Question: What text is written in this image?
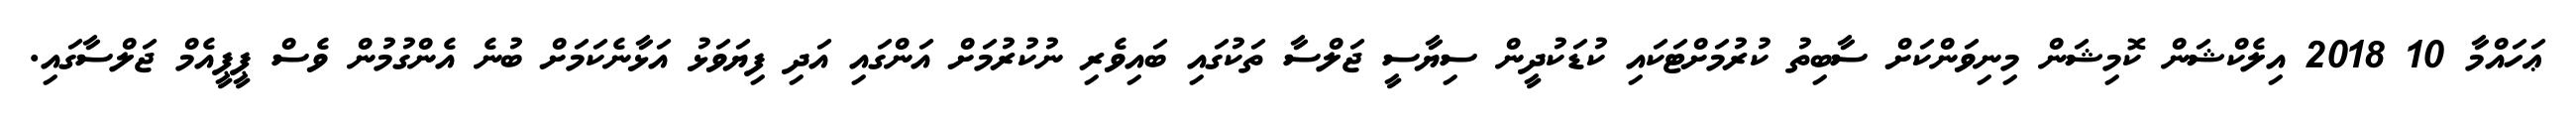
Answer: ޢަހައްމާ 10 2018 އިލެކްޝަން ކޮމިޝަން މިނިވަންކަށް ސާބިތު ކުރުމަށްޓަކައި ކުޑަކުދީން ސިޔާސީ ޖަލްސާ ތަކުގައި ބައިވެރި ނުކުރުމަށް އަންގައި އަދި ފިޔަވަޅު އަޅާނެކަމަށް ބުނެ އެންގުމުން ވެސް ޕީޕީއެމް ޖަލްސާގައި.